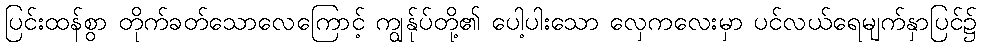
ပြင်းထန်စွာ တိုက်ခတ်သောလေကြောင့် ကျွန်ုပ်တို့၏ ပေါ့ပါးသော လှေကလေးမှာ ပင်လယ်ရေမျက်နှာပြင်၌